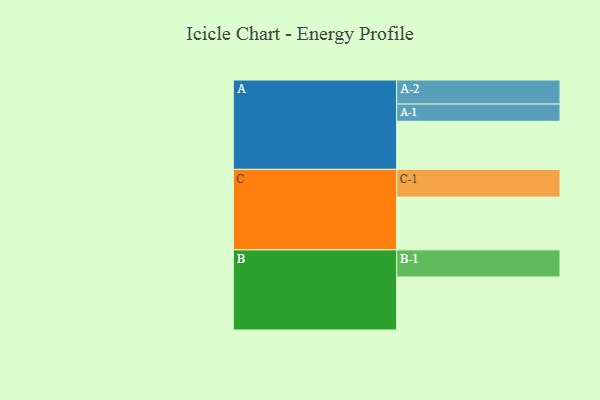
{"axis": {"x": "Segment", "y": "Value"}, "legend": ["", "A", "B", "C"], "data": [{"x": "A", "y": 380, "type": ""}, {"x": "B", "y": 419, "type": ""}, {"x": "C", "y": 417, "type": ""}, {"x": "A-1", "y": 136, "type": "A"}, {"x": "A-2", "y": 190, "type": "A"}, {"x": "B-1", "y": 214, "type": "B"}, {"x": "C-1", "y": 219, "type": "C"}]}